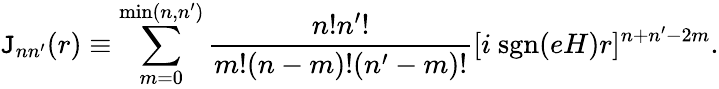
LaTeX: \mathtt{J}_{nn^{\prime}}(r)\equiv\sum_{m=0}^{\mathrm{{min}}(n,n^{\prime})}\frac{{n!n^{\prime}!}}{{m!(n-m)!(n^{\prime}-m)!}}[i~\mathrm{{sgn}}(eH)r]^{n+n^{\prime}-2m}.